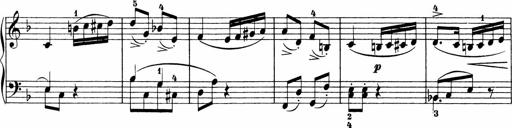
Title: Sonatinen Op.47, 98 und 136, nebst 6 Liedersonatinen
Composer: Carl Reinecke